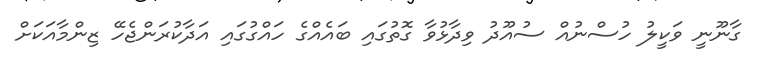
ގާނޫނީ ވަކީލު ހުސްނުއް ސުއޫދު ވިދާޅުވާ ގޮތުގައި ބައެއްގެ ހައްގުގައި އަދާކުރަންޖެހޭ ޒިންމާއަކަށް